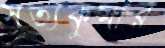
সত্যকুমার